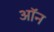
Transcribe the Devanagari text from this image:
अॉन